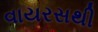
વાયરસથી